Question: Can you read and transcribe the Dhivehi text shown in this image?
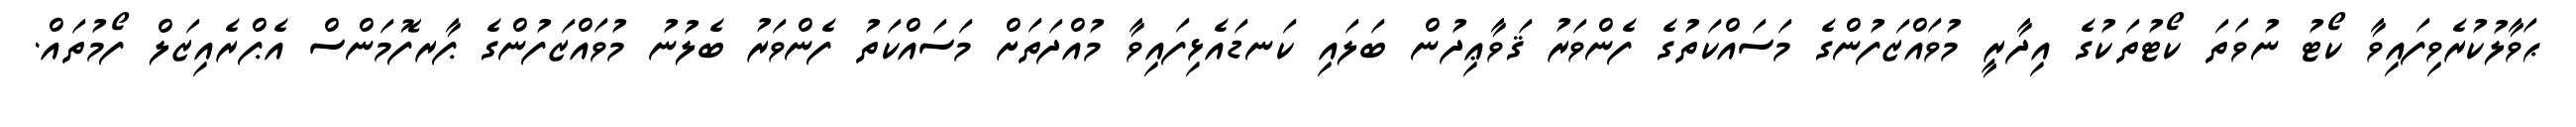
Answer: ޙަވާލުކުރެވިފައިވާ ކޯޓު ނުވަތަ ކޯޓުތަކުގެ އިދާރީ މުވައްޒަފުންގެ މަސައްކަތުގެ ފެންވަރު ޤަވާޢިދުން ބަލައި ކަނޑައެޅިފައިވާ މުއްދަތަށް މަސައްކަތު ފެންވަރު ބެލުނު މުވައްޒަފުންގެ ޕާރފޮމަންސް އެޕްރެއިޒަލް ފޯމުތައް.